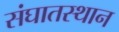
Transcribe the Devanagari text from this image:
संघातस्थान